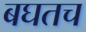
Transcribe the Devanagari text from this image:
बघतच